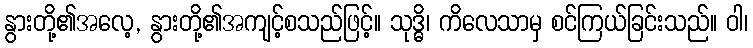
နွားတို့၏အလေ့, နွားတို့၏အကျင့်စသည်ဖြင့်။ သုဒ္ဓိ၊ ကိလေသာမှ စင်ကြယ်ခြင်းသည်။ ဝါ၊